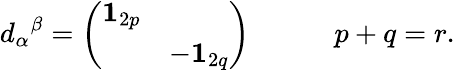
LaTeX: d_{\alpha}{}^{\beta}=\left(\begin{array}{ll}{{{\mathbf{1}}_{2p}}}&{{}}\\ {{}}&{{-{\mathbf{1}}_{2q}}}\end{array}\right)\qquad\quad p+q=r.